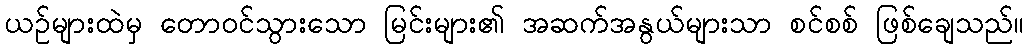
ယဉ်များထဲမှ တောဝင်သွားသော မြင်းများ၏ အဆက်အနွယ်များသာ စင်စစ် ဖြစ်ချေသည်။